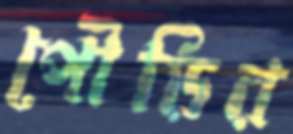
পৌড়ির